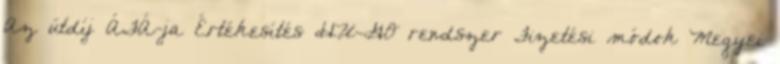
Az útdíj ÁFÁ-ja Értékesítés HU-GO rendszer Fizetési módok Megyei